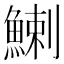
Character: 鯻